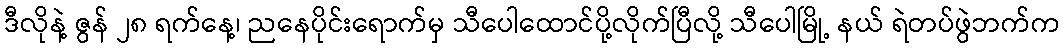
ဒီလိုနဲ့ ဇွန် ၂၈ ရက်နေ့၊ ညနေပိုင်းရောက်မှ သီပေါထောင်ပို့လိုက်ပြီလို့ သီပေါမြို့ နယ် ရဲတပ်ဖွဲဘက်က